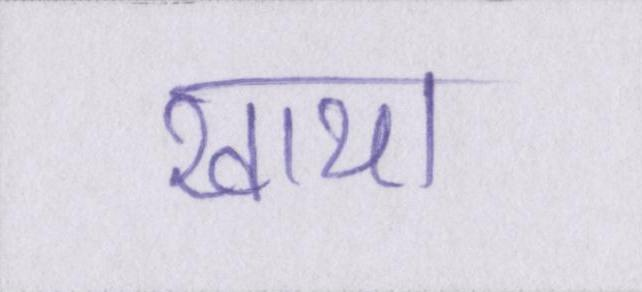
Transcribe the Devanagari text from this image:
खाया